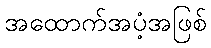
အထောက်အပံ့အဖြစ်